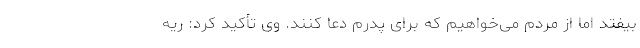
بیفتد اما از مردم می‌خواهیم که برای پدرم دعا کنند. وی تأکید کرد: ریه